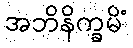
အဘိနိက္ခမိံ